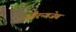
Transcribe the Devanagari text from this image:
औरन्गजेब